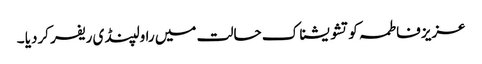
عزیز فاطمہ کو تشو یشناک حالت میں راولپنڈی ریفر کردیا ۔